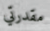
مقدرتي